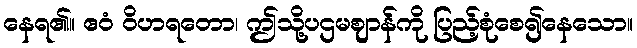
နေရ၏။ ဧဝံ ဝိဟရတော၊ ဤသို့ပဌမဈာန်ကို ပြည့်စုံစေ၍နေသော။